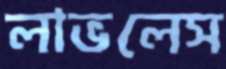
লাভলেস